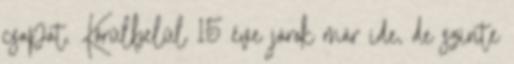
csapat. Körülbelül 15 éve járok már ide, de szinte